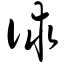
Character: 俅